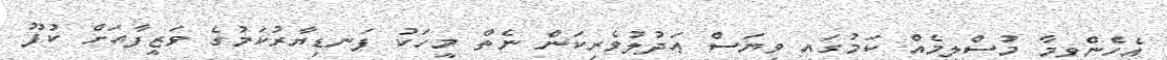
އެހެންވީމާ މުސްލިމެއް ކަމުގައި ވިޔަސް ޢަދުލުވެރިކަން ނެތް މީހަކު ފަނޑިޔާރުކަމުގެ ވަޒީފާއަށް ކުފޫ